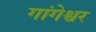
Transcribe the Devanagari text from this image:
गांगेश्वर